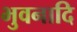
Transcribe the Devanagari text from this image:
भुवनादि